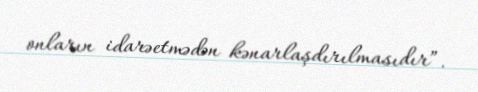
onların idarəetmədən kənarlaşdırılmasıdır”.